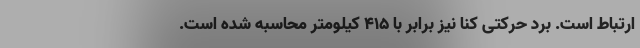
ارتباط است. برد حرکتی کنا نیز برابر با 415 کیلومتر محاسبه شده است.